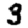
Digit: 3